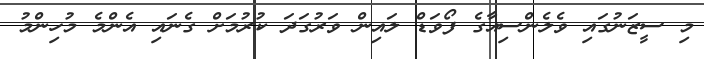
މި ސީޒަނުގައި ވެލެންސިއާގެ ފޯވަޑް ލައިން ވަރުގަދަ ކުރުމަށް ގެނައި އެންމެ މުހިންމު